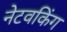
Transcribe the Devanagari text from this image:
नेटवकिंग